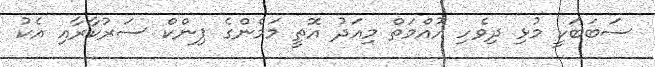
ސަބަބަކީ މުޅި ދިވެހި އުއްމަތް މިއަދު އޮތީ މަމެންގެ ޕިންކް ސަރުކާރާއި އެކު